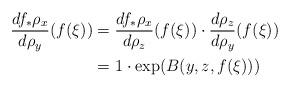
LaTeX: \begin{align*}\frac{df_*\rho_x}{d\rho_y}(f(\xi)) & = \frac{df_*\rho_x}{d\rho_z}(f(\xi)) \cdot \frac{d\rho_z}{d\rho_y}(f(\xi)) \\ & = 1 \cdot \exp(B(y, z, f(\xi))) \\\end{align*}